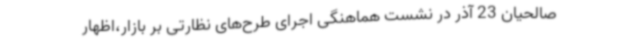
صالحیان 23 آذر در نشست هماهنگی اجرای طرح‌های نظارتی بر بازار،اظهار